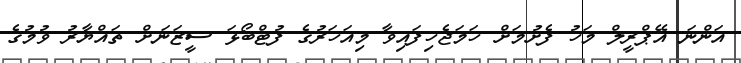
އަންނަ އޭޕްރީލް މަހު ފެށުމަށް ހަމަޖެހިފައިވާ މިއަހަރުގެ ފުޓްބޯޅަ ސީޒަނަށް ތައްޔާރު ވުމުގެ